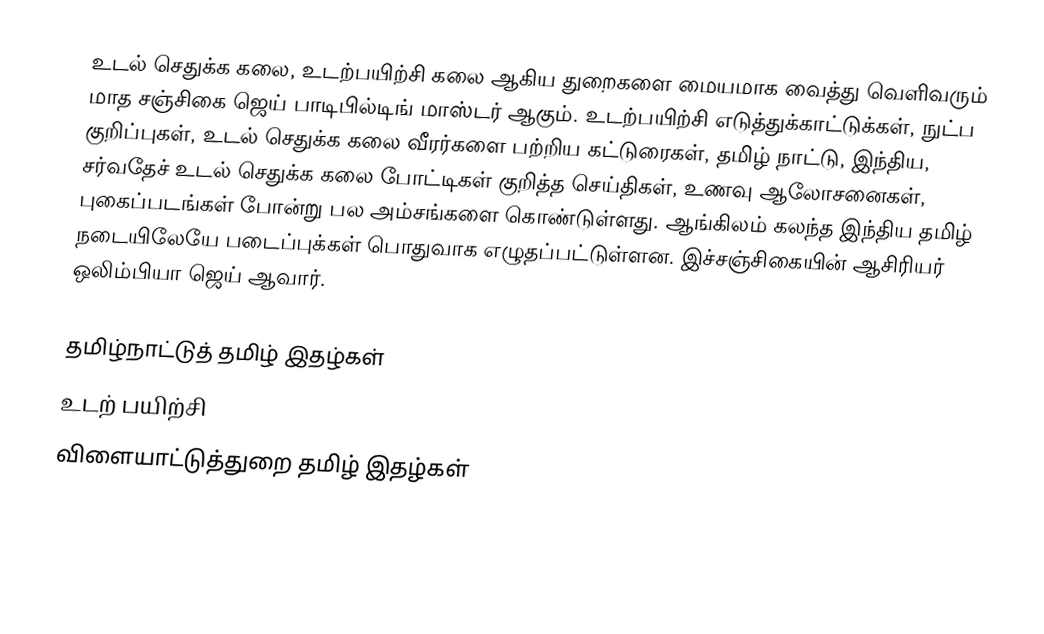
உடல் செதுக்க கலை, உடற்பயிற்சி கலை ஆகிய துறைகளை மையமாக வைத்து வெளிவரும் மாத சஞ்சிகை ஜெய் பாடிபில்டிங் மாஸ்டர் ஆகும்.  உடற்பயிற்சி எடுத்துக்காட்டுக்கள், நுட்ப குறிப்புகள், உடல் செதுக்க கலை வீரர்களை பற்றிய கட்டுரைகள், தமிழ் நாட்டு, இந்திய, சர்வதேச் உடல் செதுக்க கலை போட்டிகள் குறித்த செய்திகள், உணவு ஆலோசனைகள், புகைப்படங்கள் போன்று பல அம்சங்களை கொண்டுள்ளது.  ஆங்கிலம் கலந்த இந்திய தமிழ் நடையிலேயே படைப்புக்கள் பொதுவாக எழுதப்பட்டுள்ளன.  இச்சஞ்சிகையின் ஆசிரியர் ஒலிம்பியா ஜெய் ஆவார்.

தமிழ்நாட்டுத் தமிழ் இதழ்கள்
உடற் பயிற்சி
விளையாட்டுத்துறை தமிழ் இதழ்கள்